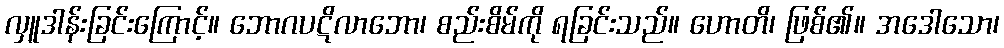
လှူဒါန်းခြင်းကြောင့်။ ဘောဂပဋိလာဘော၊ စည်းစိမ်ကို ရခြင်းသည်။ ဟောတိ၊ ဖြစ်၏။ အဒေါသော၊